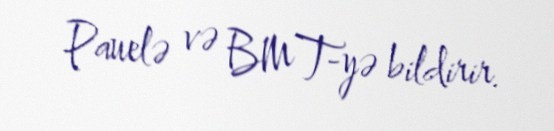
Pauelə və BMT-yə bildirir.